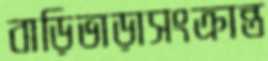
বাড়িভাড়াসংক্রান্ত